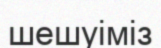
шешуіміз